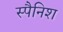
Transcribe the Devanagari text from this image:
स्‍पैनिश